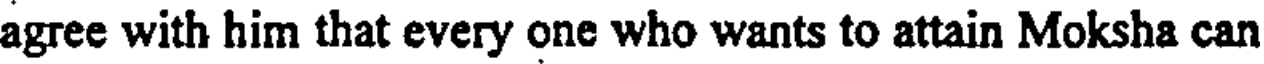
agree with him that every one who wants to attain Moksha can